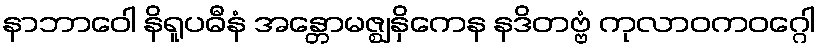
နာဘာဝေါ နိရူပဓီနံ အန္တောမဇ္ဈနှိကေန နဒိတဗ္ဗံ ကုလာဝကဝဂ္ဂေါ